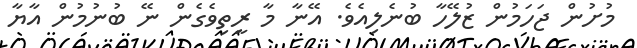
މުށުން ޖަހަމުން ޒުލޭހާ ބުނެލިއެވެ. އޭނާ މާ ރީތިވެގެން ނޭ ބުނުމުން އާޔާ